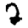
Digit: 2